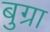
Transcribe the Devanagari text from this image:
बुग्रा